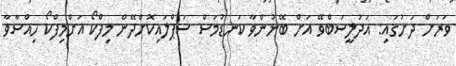
ވަރަށް ދަށުގައި: އަދުލީސަބްވޭ އަށް ބޭނުންވާ ކަނޑުމަސް ސަޕްލައިކޮށްދޭން މިފްްކޯ އަށްމިފްކޯ ހިއްސާވާ